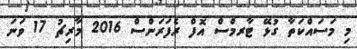
މި މަސައްކަތާ ގުޅޭ ޓާރމްސް އޮފް ރެފަރަންސް 2016 މާރިޗު 17 ވަނަ